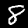
Digit: 8